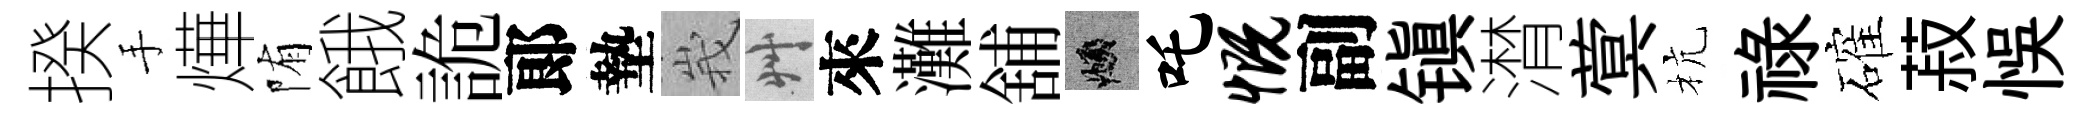
揆手燁陏餓詭郞墊峩艸來灘舖頫吒慨副镇潸蓂杭禄確菽悞